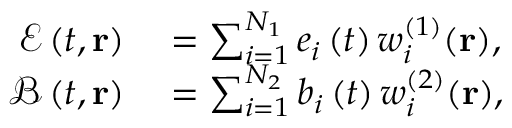
\begin{array} { r l } { \mathcal { E } \left( t , \mathbf { r } \right) } & { { } = \sum _ { i = 1 } ^ { N _ { 1 } } e _ { i } \left( t \right) w _ { i } ^ { ( 1 ) } ( \mathbf { r } ) , } \\ { \mathcal { B } \left( t , \mathbf { r } \right) } & { { } = \sum _ { i = 1 } ^ { N _ { 2 } } b _ { i } \left( t \right) w _ { i } ^ { ( 2 ) } ( \mathbf { r } ) , } \end{array}